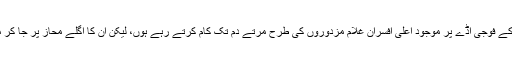
ہو سکتا ہے کہ کہ پینامُنڈے کے فوجی اڈے پر موجود اعلی افسران غلام مزدوروں کی طرح مرتے دم تک کام کرتے رہے ہوں، لیکن ان کا اگلے محاز پر جا کر مرنے کا کوئی ارادہ نہیں تھا۔